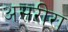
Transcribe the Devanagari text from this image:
असरीरा